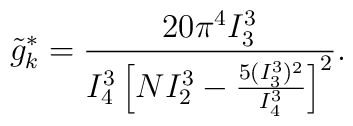
\tilde{g}_{k}^{*}=\frac{20\pi^{4}I_{3}^{3}}{I_{4}^{3}\left[NI_{2}^{3}-\frac{5(I_{3}^{3})^{2}}{I_{4}^{3}}\right]^{2}}.